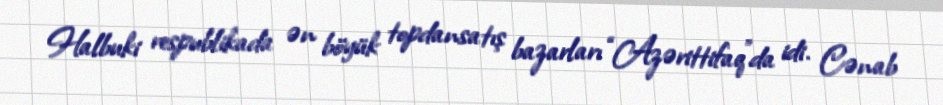
Halbuki respublikada ən böyük topdansatış bazarları “Azərittifaq”da idi. Cənab